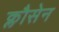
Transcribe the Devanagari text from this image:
क्लौसेन